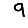
Digit: 9